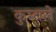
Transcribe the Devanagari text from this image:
कुम्बले